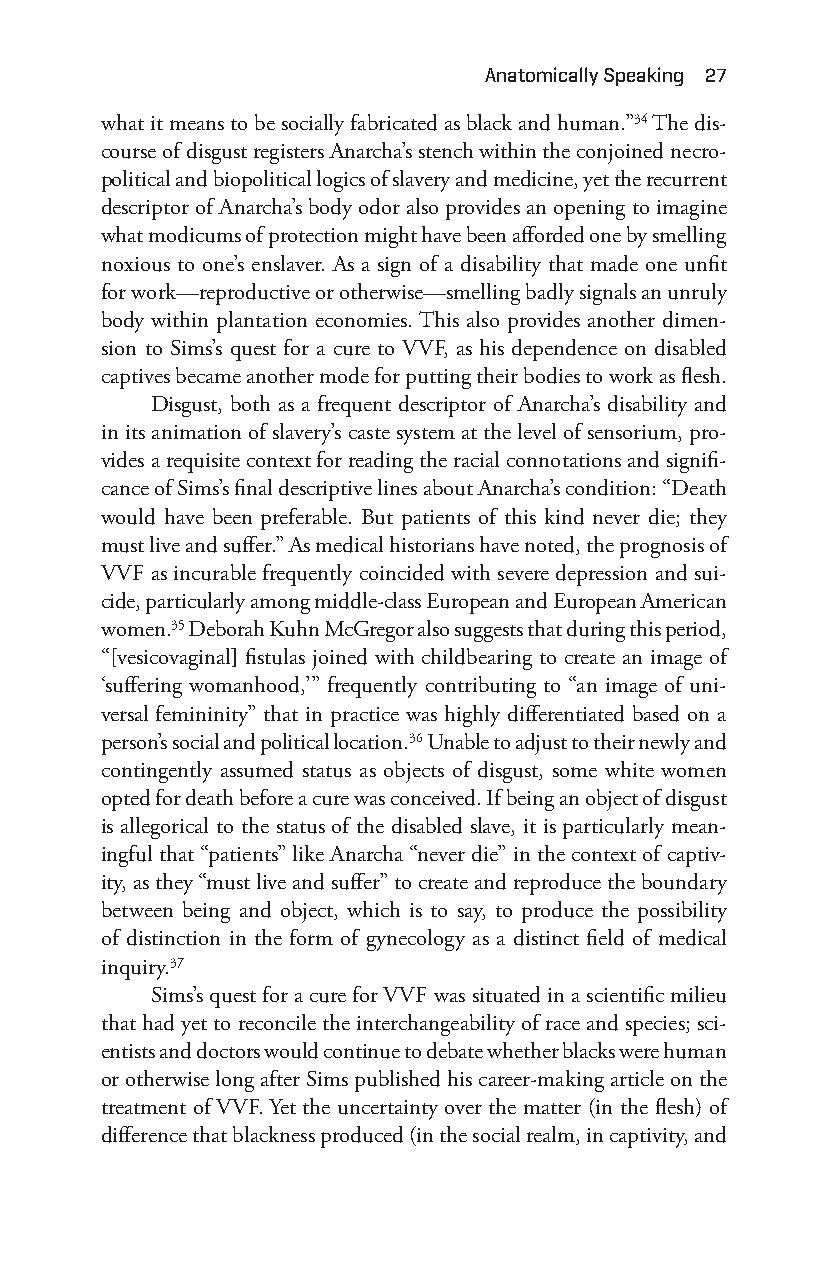
anatomically Speaking 27
 what it means to be socially fabricated as black and human.”34 The dis-
 course of disgust registers Anarcha’s stench within the conjoined necro-
 political and biopolitical logics of slavery and medicine, yet the recurrent
 descriptor of Anarcha’s body odor also provides an opening to imagine
 what modicums of protection might have been afforded one by smelling
 noxious to one’s enslaver. As a sign of a disability that made one unfit
 for work— reproductive or otherwise— smelling badly signals an unruly
 body within plantation economies. This also provides another dimen-
 sion to Sims’s quest for a cure to VVF, as his dependence on disabled
 captives became another mode for putting their bodies to work as flesh.
 Disgust, both as a frequent descriptor of Anarcha’s disability and
 in its animation of slavery’s caste system at the level of sensorium, pro-
 vides a requisite context for reading the racial connotations and signifi-
 cance of Sims’s final descriptive lines about Anarcha’s condition: “Death
 would have been preferable. But patients of this kind never die; they
 must live and suffer.” As medical historians have noted, the prognosis of
 VVF as incurable frequently coincided with severe depression and sui-
 cide, particularly among middle-c lass European and European American
 women.35 Deborah Kuhn McGregor also suggests that during this period,
 “[vesicovaginal] fistulas joined with childbearing to create an image of
 ‘suffering womanhood,’” frequently contributing to “an image of uni-
 versal femininity” that in practice was highly differentiated based on a
 person’s social and political location.36 Unable to adjust to their newly and
 contingently assumed status as objects of disgust, some white women
 opted for death before a cure was conceived. If being an object of disgust
 is allegorical to the status of the disabled slave, it is particularly mean-
 ingful that “patients” like Anarcha “never die” in the context of captiv-
 ity, as they “must live and suffer” to create and reproduce the boundary
 between being and object, which is to say, to produce the possibility
 of distinction in the form of gynecology as a distinct field of medical
 inquiry.37
 Sims’s quest for a cure for VVF was situated in a scientific milieu
 that had yet to reconcile the interchangeability of race and species; sci-
 entists and doctors would continue to debate whether blacks were human
 or otherwise long after Sims published his career-m aking article on the
 treatment of VVF. Yet the uncertainty over the matter (in the flesh) of
 difference that blackness produced (in the social realm, in captivity, and
 Snorton.indd 27                             29/09/2017 8:40:57 AM